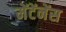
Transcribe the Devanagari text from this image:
मेंटेंनेंस